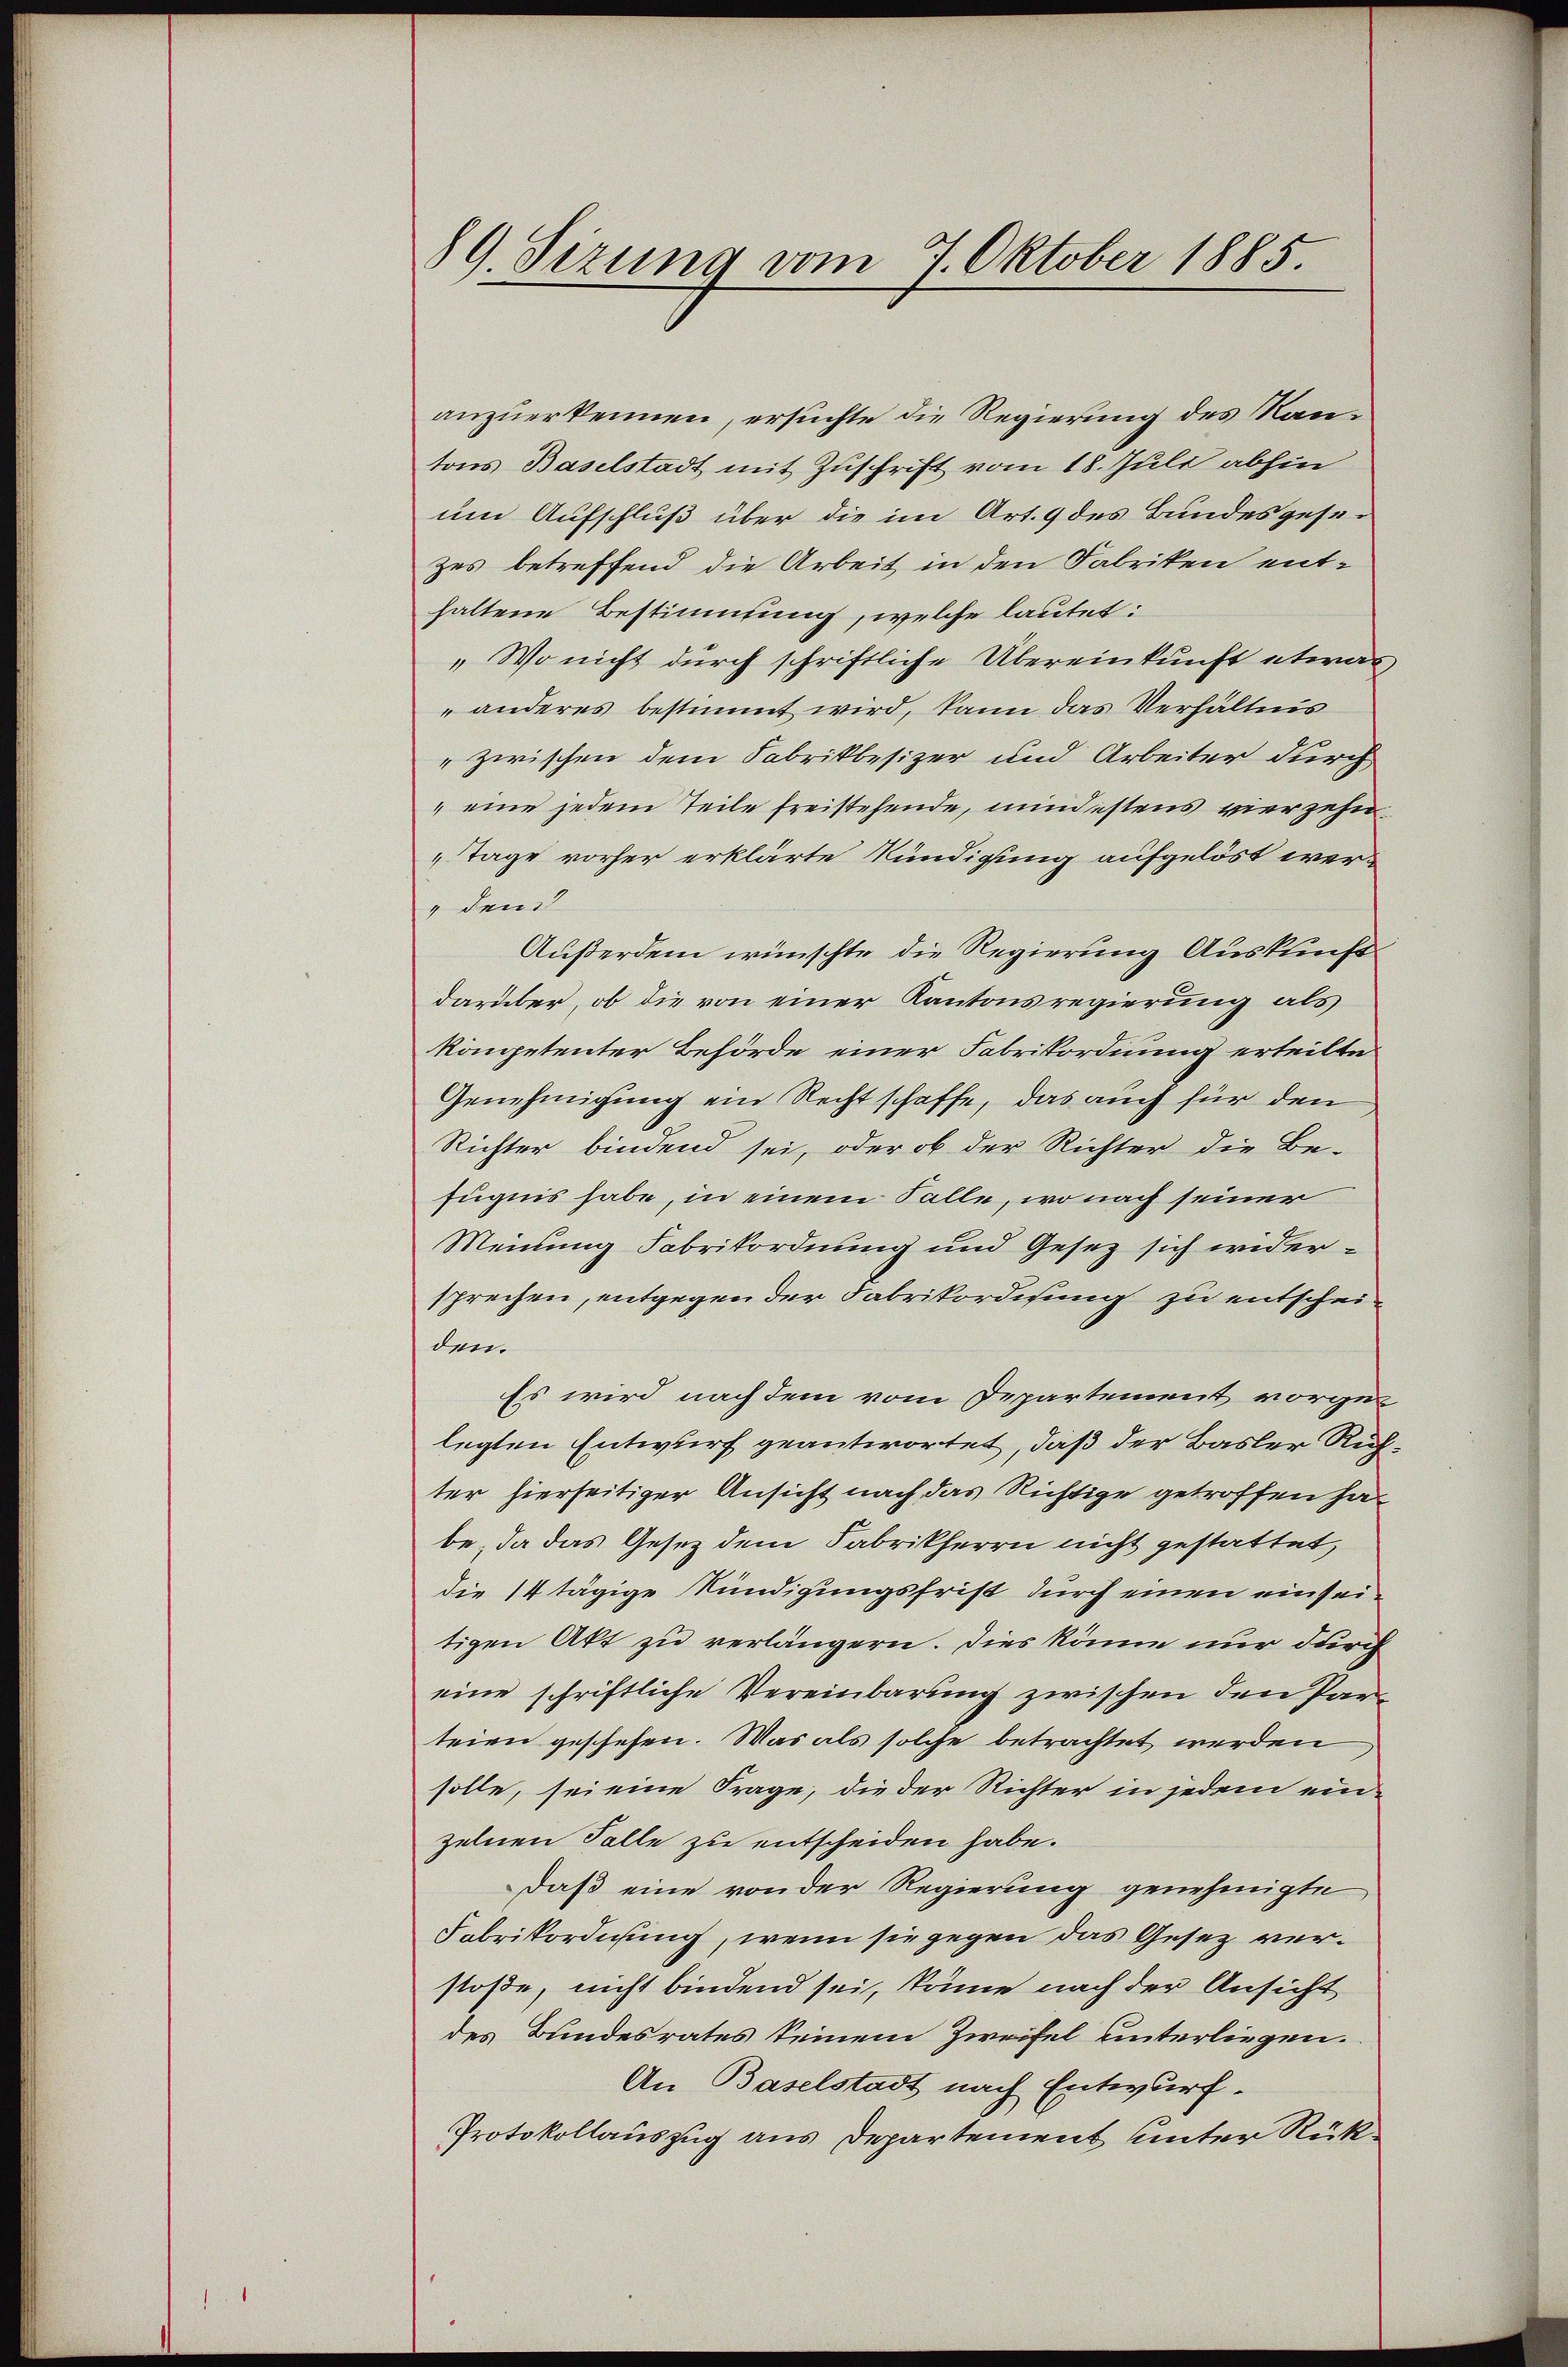
89. Sizung vom 7. Oktober 1885.

anzuerkennen, ersuchte die Regierung des Kantons Baselstadt mit Zuschrift vom 18. Juli abhin
um Aufschluß über die im Art. 9 des Bundesgesezes betreffend die Arbeit in den Fabriken ent-
haltene Bestimmung, welche lautet:
„Wo nicht durch schriftliche Übereinkunft etwas
„anderes bestimmt wird, kann das Verhältnis
"zwischen dem Fabrikbesizer und Arbeiter durch
" eine jedem Teile freistehende, mindestens vierzehn¬
„Tage vorher erklärte Kündigung aufgelöst wer¬
" den
Außerdem wünschte die Regierung Auskunftdarüber, ob die von einer Kantonsregierung als
kompetenter Behörde einer Fabrikordnung erteilte
Genehmigung ein Rechtschaffe, das auch für den
Richter bindend sei, oder ob der Richter die Be-
fugnis habe, in einem Falle, wo nach seiner
Meinung Fabrikordnung und Gesetz sich widersprechen, entgegen der Fabrikordisung zu entscheiden.
Es wird nach dem vom Departement vorgelegten Entwurf geantwortet, daß der Basler Richter hierseitiger Ansicht nach das Richtige getroffen ha
be, da das Gesetz dem Fabrikherrn nicht gestattet,
die 14 tägige Kündigungsfrist durch einen ein seitigen Akt zu verlängern. Dies könne nur durch
eine schriftliche Vereinbarung zwischen den Parteien geschehen. Was als solche betrachtet werden
solle, sei eine Frage, die der Richter in jedem ein-
zelnen Falle zu entscheiden habe.
daß eine von der Regierung genehmigte
Fabrikordichung, wenn sie gegen das Gesetz verstoße, nicht bindend sei, könne nach der Ansicht
des Bundesrates keinem Zweifel unterliegen.
An Baselstadt nach Entwurf.
Protokollauszug aus Departement unter Rück¬